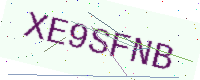
Text: XE9SFNB